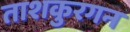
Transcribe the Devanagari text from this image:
ताशकुरगन